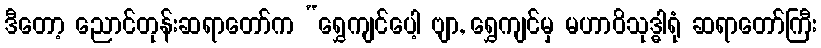
ဒီတော့ ညောင်တုန်းဆရာတော်က “ရွှေကျင်ပေါ့ ဗျာ, ရွှေကျင်မှ မဟာဝိသုဒ္ဓါရုံ ဆရာတော်ကြီး